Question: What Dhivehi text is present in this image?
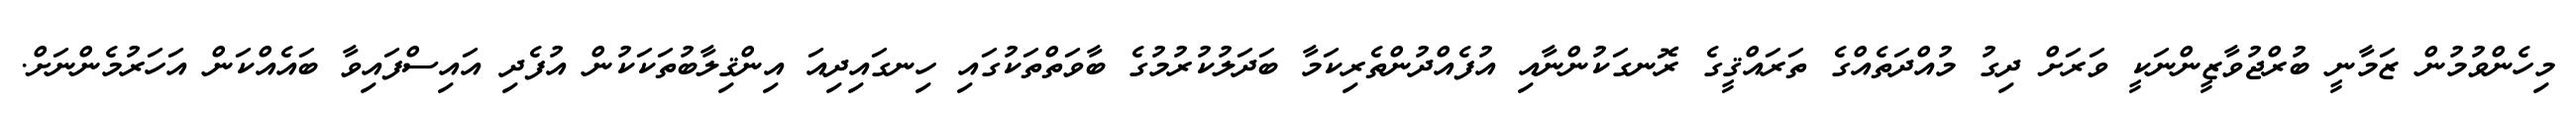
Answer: މިހެންވުމުން ޒަމާނީ ބުރްޖުވާޒީންނަކީ ވަރަށް ދިގު މުއްދަތެއްގެ ތަރައްޤީގެ ރޮނގަކުންނާއި އުފެއްދުންތެރިކަމާ ބަދަލުކުރުމުގެ ބާވަތްތަކުގައި ހިނގައިދިއަ އިންޤިލާބުތަކަކުން އުފެދި އައިސްފައިވާ ބައެއްކަން އަހަރުމެންނަށް.